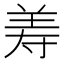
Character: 𦍸